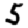
Digit: 5